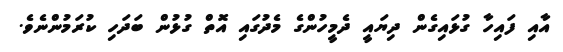
އާއި ފައިހާ ގުޅައިގެން ދިޔައީ ދެމީހުންގެ މެދުގައި އޮތް ގުޅުން ބަދަހި ކުރަމުންނެވެ.